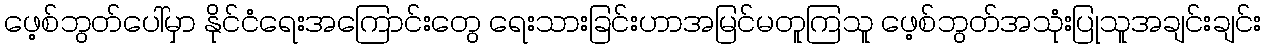
ဖေ့စ်ဘွတ်ပေါ်မှာ နိုင်ငံရေးအကြောင်းတွေ ရေးသားခြင်းဟာအမြင်မတူကြသူ ဖေ့စ်ဘွတ်အသုံးပြုသူအချင်းချင်း